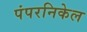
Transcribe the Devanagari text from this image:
पंपरनिकेल